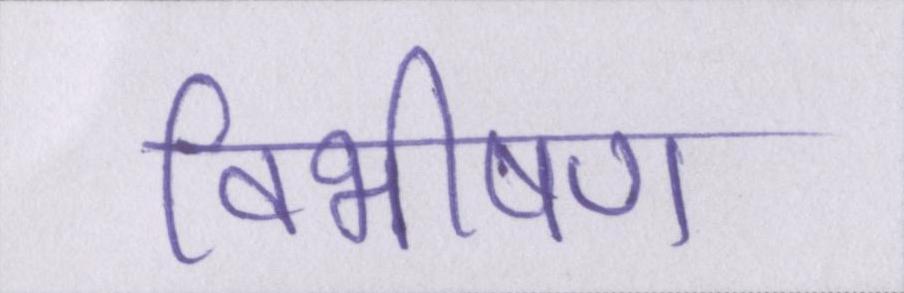
विभीषण